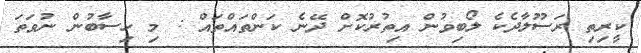
ކީރިތި ރަސޫލާދެކެ ލޯބިވުން އިތުރުކޮށް ދޭނެ ކަންތައްތައް : މި ހިސާބުން ނުވަތަ